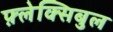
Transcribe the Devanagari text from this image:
फ़्लेक्सिबुल